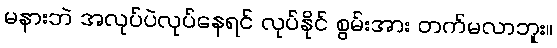
မနားဘဲ အလုပ်ပဲလုပ်နေရင် လုပ်နိုင် စွမ်းအား တက်မလာဘူး။